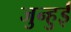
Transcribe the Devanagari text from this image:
जुन्हुई